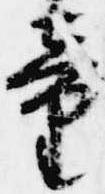
童